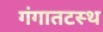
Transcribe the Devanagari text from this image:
गंगातटस्थ